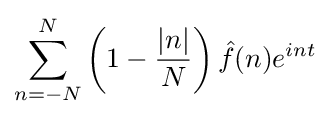
\sum _{n=-N}^{N}\left(1-{\frac {|n|}{N}}\right){\hat {f}}(n)e^{int}